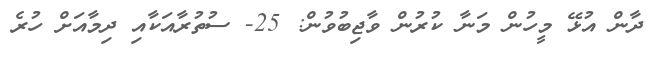
ދާން އުޅޭ މީހުން މަނާ ކުރުން ވާޖިބުވުން: 25- ސުތުރާއަކާއި ދިމާއަށް ހުރެ